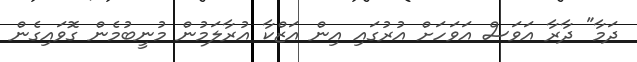
ދަމާ" ދާރާ އަވަސް އަވަހަށް އުރުގައި އިން އަޒްކާ އުރާލަމުން މުނީބުމެން ގޮވައިގެން